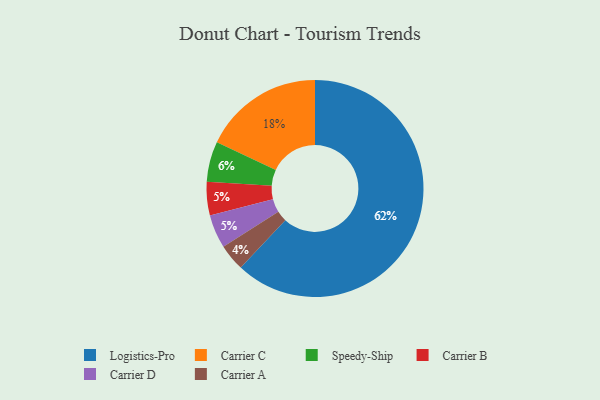
{"axis": {"x": "Category", "y": "Percentage"}, "legend": ["Carrier A", "Carrier B", "Carrier C", "Carrier D", "Logistics-Pro", "Speedy-Ship"], "data": [{"x": "Carrier A", "y": 4, "type": "Carrier A"}, {"x": "Logistics-Pro", "y": 62, "type": "Logistics-Pro"}, {"x": "Speedy-Ship", "y": 6, "type": "Speedy-Ship"}, {"x": "Carrier B", "y": 5, "type": "Carrier B"}, {"x": "Carrier D", "y": 5, "type": "Carrier D"}, {"x": "Carrier C", "y": 18, "type": "Carrier C"}]}